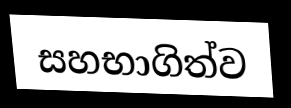
සහභාගිත්ව